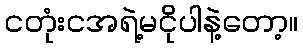
ငတုံးငအရဲ့မငိုပါနဲ့တော့။